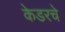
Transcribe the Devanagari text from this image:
केडरचे